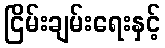
ငြိမ်းချမ်းရေးနှင့်